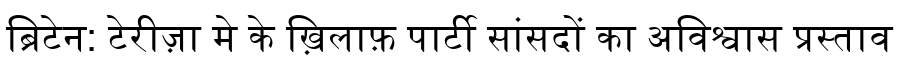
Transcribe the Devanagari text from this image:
ब्रिटेन: टेरीज़ा मे के ख़िलाफ़ पार्टी सांसदों का अविश्वास प्रस्ताव